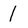
Character: 1